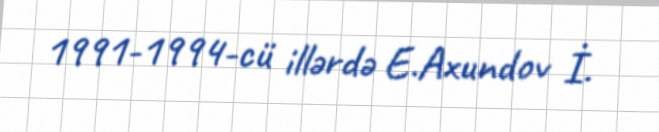
1991-1994-cü illərdə E.Axundov İ.